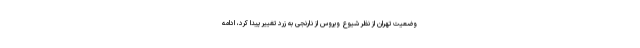
وضعیت تهران از نظر شیوع ویروس از نارنجی به زرد تغییر پیدا کرد، ادامه